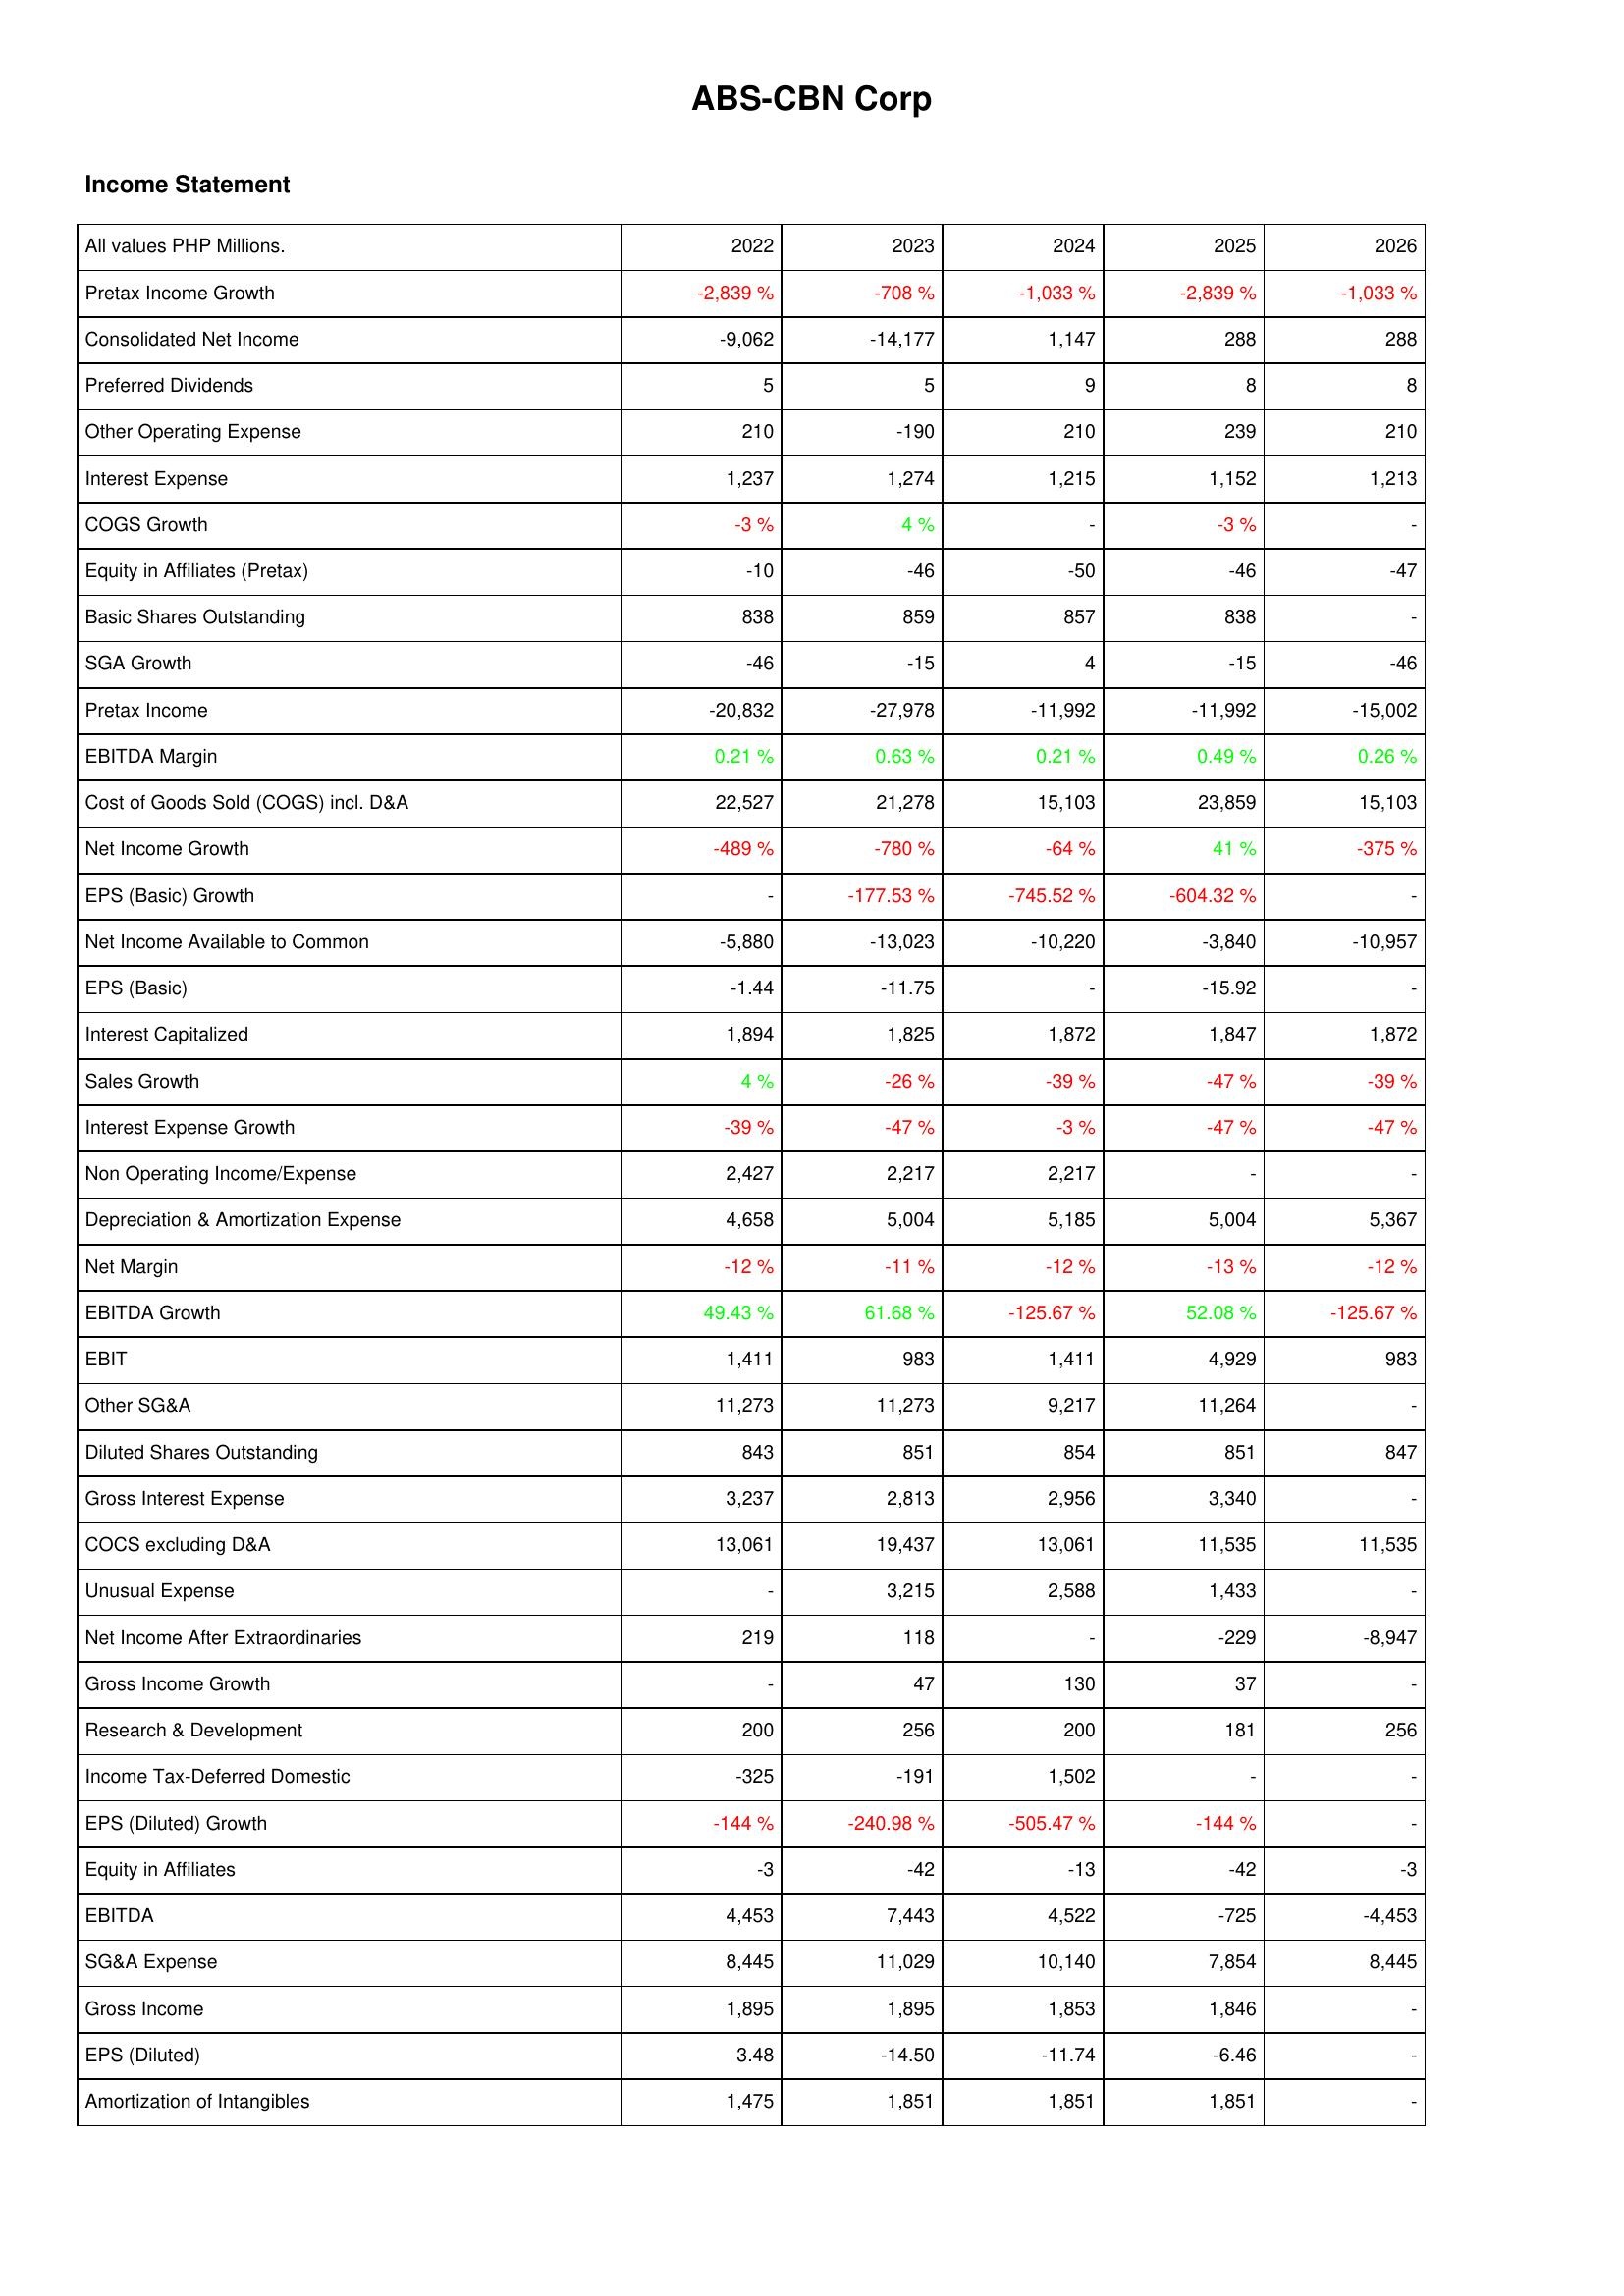
2022: Income Statement: Pretax Income Growth: -2,839 %
Consolidated Net Income: -9,062
Preferred Dividends: 5
Other Operating Expense: 210
Interest Expense: 1,237
COGS Growth: -3 %
Equity in Affiliates (Pretax): -10
Basic Shares Outstanding: 838
SGA Growth: -46
Pretax Income: -20,832
EBITDA Margin: 0.21 %
Cost of Goods Sold (COGS) incl. D&A: 22,527
Net Income Growth: -489 %
EPS (Basic) Growth: -
Net Income Available to Common: -5,880
EPS (Basic): -1.44
Interest Capitalized: 1,894
Sales Growth: 4 %
Interest Expense Growth: -39 %
Non Operating Income/Expense: 2,427
Depreciation & Amortization Expense: 4,658
Net Margin: -12 %
EBITDA Growth: 49.43 %
EBIT: 1,411
Other SG&A: 11,273
Diluted Shares Outstanding: 843
Gross Interest Expense: 3,237
COCS excluding D&A: 13,061
Unusual Expense: -
Net Income After Extraordinaries: 219
Gross Income Growth: -
Research & Development: 200
Income Tax-Deferred Domestic: -325
EPS (Diluted) Growth: -144 %
Equity in Affiliates: -3
EBITDA: 4,453
SG&A Expense: 8,445
Gross Income: 1,895
EPS (Diluted): 3.48
Amortization of Intangibles: 1,475
2023: Income Statement: Pretax Income Growth: -708 %
Consolidated Net Income: -14,177
Preferred Dividends: 5
Other Operating Expense: -190
Interest Expense: 1,274
COGS Growth: 4 %
Equity in Affiliates (Pretax): -46
Basic Shares Outstanding: 859
SGA Growth: -15
Pretax Income: -27,978
EBITDA Margin: 0.63 %
Cost of Goods Sold (COGS) incl. D&A: 21,278
Net Income Growth: -780 %
EPS (Basic) Growth: -177.53 %
Net Income Available to Common: -13,023
EPS (Basic): -11.75
Interest Capitalized: 1,825
Sales Growth: -26 %
Interest Expense Growth: -47 %
Non Operating Income/Expense: 2,217
Depreciation & Amortization Expense: 5,004
Net Margin: -11 %
EBITDA Growth: 61.68 %
EBIT: 983
Other SG&A: 11,273
Diluted Shares Outstanding: 851
Gross Interest Expense: 2,813
COCS excluding D&A: 19,437
Unusual Expense: 3,215
Net Income After Extraordinaries: 118
Gross Income Growth: 47
Research & Development: 256
Income Tax-Deferred Domestic: -191
EPS (Diluted) Growth: -240.98 %
Equity in Affiliates: -42
EBITDA: 7,443
SG&A Expense: 11,029
Gross Income: 1,895
EPS (Diluted): -14.50
Amortization of Intangibles: 1,851
2024: Income Statement: Pretax Income Growth: -1,033 %
Consolidated Net Income: 1,147
Preferred Dividends: 9
Other Operating Expense: 210
Interest Expense: 1,215
COGS Growth: -
Equity in Affiliates (Pretax): -50
Basic Shares Outstanding: 857
SGA Growth: 4
Pretax Income: -11,992
EBITDA Margin: 0.21 %
Cost of Goods Sold (COGS) incl. D&A: 15,103
Net Income Growth: -64 %
EPS (Basic) Growth: -745.52 %
Net Income Available to Common: -10,220
EPS (Basic): -
Interest Capitalized: 1,872
Sales Growth: -39 %
Interest Expense Growth: -3 %
Non Operating Income/Expense: 2,217
Depreciation & Amortization Expense: 5,185
Net Margin: -12 %
EBITDA Growth: -125.67 %
EBIT: 1,411
Other SG&A: 9,217
Diluted Shares Outstanding: 854
Gross Interest Expense: 2,956
COCS excluding D&A: 13,061
Unusual Expense: 2,588
Net Income After Extraordinaries: -
Gross Income Growth: 130
Research & Development: 200
Income Tax-Deferred Domestic: 1,502
EPS (Diluted) Growth: -505.47 %
Equity in Affiliates: -13
EBITDA: 4,522
SG&A Expense: 10,140
Gross Income: 1,853
EPS (Diluted): -11.74
Amortization of Intangibles: 1,851
2025: Income Statement: Pretax Income Growth: -2,839 %
Consolidated Net Income: 288
Preferred Dividends: 8
Other Operating Expense: 239
Interest Expense: 1,152
COGS Growth: -3 %
Equity in Affiliates (Pretax): -46
Basic Shares Outstanding: 838
SGA Growth: -15
Pretax Income: -11,992
EBITDA Margin: 0.49 %
Cost of Goods Sold (COGS) incl. D&A: 23,859
Net Income Growth: 41 %
EPS (Basic) Growth: -604.32 %
Net Income Available to Common: -3,840
EPS (Basic): -15.92
Interest Capitalized: 1,847
Sales Growth: -47 %
Interest Expense Growth: -47 %
Non Operating Income/Expense: -
Depreciation & Amortization Expense: 5,004
Net Margin: -13 %
EBITDA Growth: 52.08 %
EBIT: 4,929
Other SG&A: 11,264
Diluted Shares Outstanding: 851
Gross Interest Expense: 3,340
COCS excluding D&A: 11,535
Unusual Expense: 1,433
Net Income After Extraordinaries: -229
Gross Income Growth: 37
Research & Development: 181
Income Tax-Deferred Domestic: -
EPS (Diluted) Growth: -144 %
Equity in Affiliates: -42
EBITDA: -725
SG&A Expense: 7,854
Gross Income: 1,846
EPS (Diluted): -6.46
Amortization of Intangibles: 1,851
2026: Income Statement: Pretax Income Growth: -1,033 %
Consolidated Net Income: 288
Preferred Dividends: 8
Other Operating Expense: 210
Interest Expense: 1,213
COGS Growth: -
Equity in Affiliates (Pretax): -47
Basic Shares Outstanding: -
SGA Growth: -46
Pretax Income: -15,002
EBITDA Margin: 0.26 %
Cost of Goods Sold (COGS) incl. D&A: 15,103
Net Income Growth: -375 %
EPS (Basic) Growth: -
Net Income Available to Common: -10,957
EPS (Basic): -
Interest Capitalized: 1,872
Sales Growth: -39 %
Interest Expense Growth: -47 %
Non Operating Income/Expense: -
Depreciation & Amortization Expense: 5,367
Net Margin: -12 %
EBITDA Growth: -125.67 %
EBIT: 983
Other SG&A: -
Diluted Shares Outstanding: 847
Gross Interest Expense: -
COCS excluding D&A: 11,535
Unusual Expense: -
Net Income After Extraordinaries: -8,947
Gross Income Growth: -
Research & Development: 256
Income Tax-Deferred Domestic: -
EPS (Diluted) Growth: -
Equity in Affiliates: -3
EBITDA: -4,453
SG&A Expense: 8,445
Gross Income: -
EPS (Diluted): -
Amortization of Intangibles: -